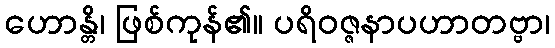
ဟောန္တိ၊ ဖြစ်ကုန်၏။ ပရိဝဇ္ဇနာပဟာတဗ္ဗာ၊